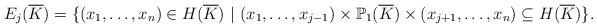
LaTeX: \begin{align*} E_j(\overline{K}) = \{(x_1, \dots, x_n)\in H(\overline{K})~|~ (x_1, \dots, x_{j-1})\times \mathbb{P}_1(\overline{K})\times (x_{j+1}, \dots, x_n)\subseteq H(\overline{K}) \}.\end{align*}